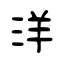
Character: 洋